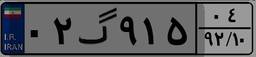
۰۲گ۹۱۵۰۴